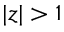
| z | > 1